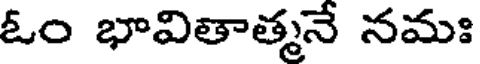
ఓం భావితాత్మనే నమః